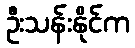
ဦးသန်းနိုင်က